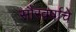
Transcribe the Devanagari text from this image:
सौरवर्षाचे